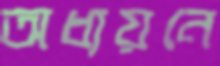
অধ্যয়নে